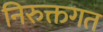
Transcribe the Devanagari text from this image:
निरुक्तगत